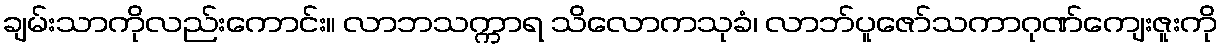
ချမ်းသာကိုလည်းကောင်း။ လာဘသက္ကာရ သိလောကသုခံ၊ လာဘ်ပူဇော်သကာဂုဏ်ကျေးဇူးကို